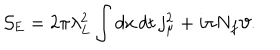
LaTeX: { \cal S } _ { \mathrm { E } } = 2 \pi \lambda _ { L } ^ { 2 } \int d x \, d t \, j _ { \mu } ^ { 2 } + i \pi N _ { f } { \vartheta } .